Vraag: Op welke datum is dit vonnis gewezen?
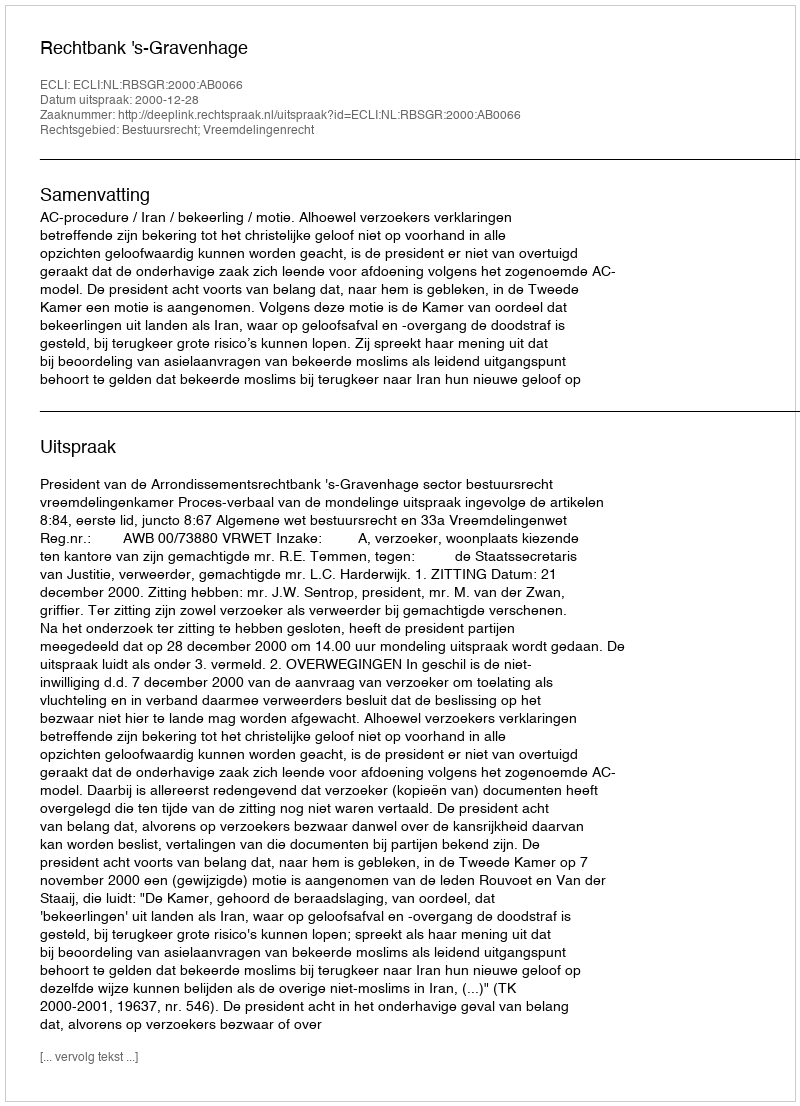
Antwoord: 2000-12-28